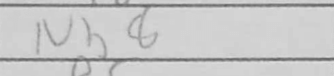
Transcription: Nb8